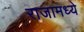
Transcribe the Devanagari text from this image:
राजामध्ये